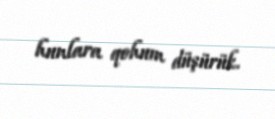
hunlara qohum düşürük.